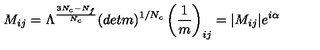
M _ { i j } = \Lambda ^ { { \frac { 3 N _ { c } - N _ { f } } { N _ { c } } } } ( d e t m ) ^ { 1 / N _ { c } } \left( { \frac { 1 } { m } } \right) _ { i j } = | M _ { i j } | e ^ { i \alpha }